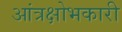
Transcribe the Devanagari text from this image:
आंत्रक्षोभकारी